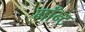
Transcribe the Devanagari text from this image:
मॉन्ट